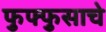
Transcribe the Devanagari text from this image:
फुफ्फुसाचे